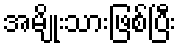
အမျိုးသားဖြစ်ပြီး